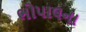
ભોપાલના